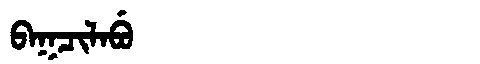
Manchu: ᠪᠠᡴᠴᡳᠯᠠᠪᡠ
Romanization: BAKCILABU